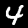
Digit: 4